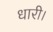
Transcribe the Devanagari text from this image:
धारी।